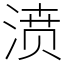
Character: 𣸣